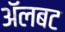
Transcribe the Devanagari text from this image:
अॅलबट